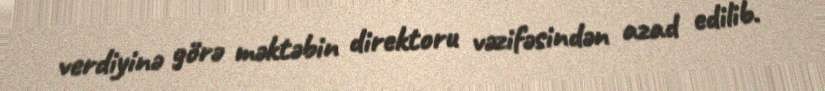
verdiyinə görə məktəbin direktoru vəzifəsindən azad edilib.